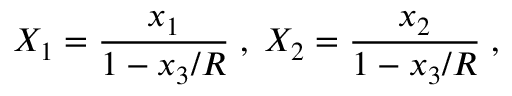
X _ { 1 } = \frac { x _ { 1 } } { 1 - x _ { 3 } / R } \; , \; X _ { 2 } = \frac { x _ { 2 } } { 1 - x _ { 3 } / R } \; ,